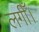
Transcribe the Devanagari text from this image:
लगीँ।